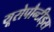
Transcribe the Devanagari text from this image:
यूरोपौन्टीड्स